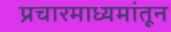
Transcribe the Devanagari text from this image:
प्रचारमाध्यमांतून